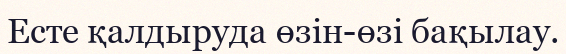
Есте қалдыруда өзін-өзі бақылау.